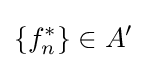
\left\{f_{n}^{*}\right\}\in A^{\prime }